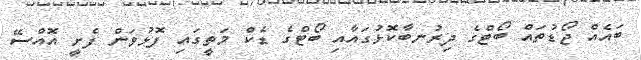
ބައެއް ޖޯޑުތައް ބޯޓްގެ ދިރުނބާކޮޅުގައާއި ބޯޓްގެ ޑެކް މަތީގައި ފޮޅުވަން ފެށީ އޮއްސޭ